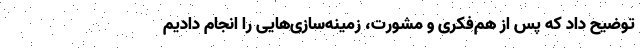
توضیح داد که پس از هم‌فکری و مشورت، زمینه‌سازی‌هایی را انجام دادیم